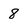
Character: 8